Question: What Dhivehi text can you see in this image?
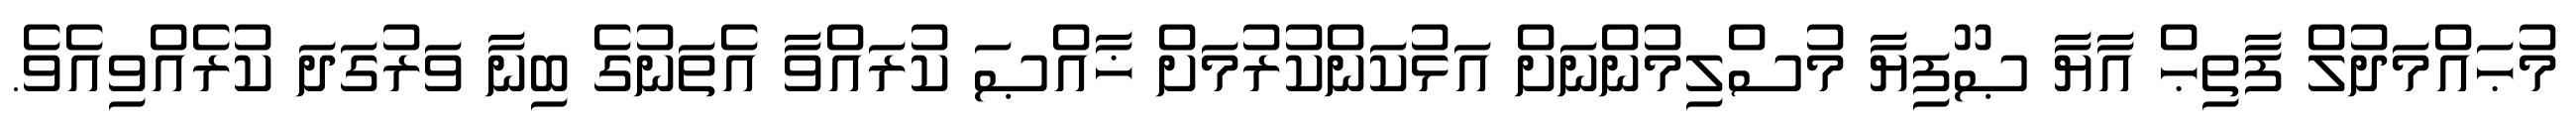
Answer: މުޙައްމަދުލް ފާތިޙް އާޔާ ޞޫފިޔާ މުސްލިމުންނަށް އަޅުކަންކުރުމަށް ޚާއްޞަ ކުރައްވާ އެތަނުގެ ބިނާ ވަރުގަދަ ކުރެއްވިއެވެ.